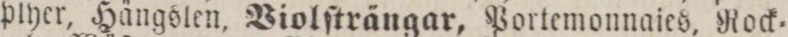
plyer, Hängslen. Violſträngar, Portemonnaies, Rock=